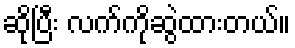
ဆိုပြီး လက်ကိုဆွဲထားတယ်။